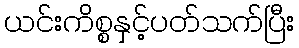
ယင်းကိစ္စနှင့်ပတ်သက်ပြီး